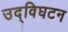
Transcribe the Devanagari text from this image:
उद्विघटन